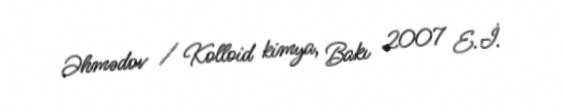
Əhmədov / Kolloid kimya, Bakı 2007 E.İ.